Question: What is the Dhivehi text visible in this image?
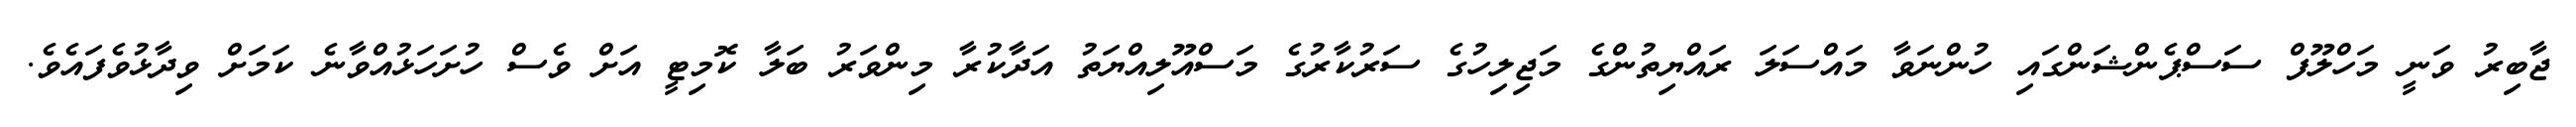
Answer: ޖާބިރު ވަނީ މަހްލޫފް ސަސްޕެންޝަންގައި ހުންނަވާ މައްސަލަ ރައްޔިތުންގެ މަޖިލިހުގެ ސަރުކާރުގެ މަސްއޫލިއްޔަތު އަދާކުރާ މިންވަރު ބަލާ ކޮމިޓީ އަށް ވެސް ހުށަހަޅުއްވާނެ ކަމަށް ވިދާޅުވެފައެވެ.